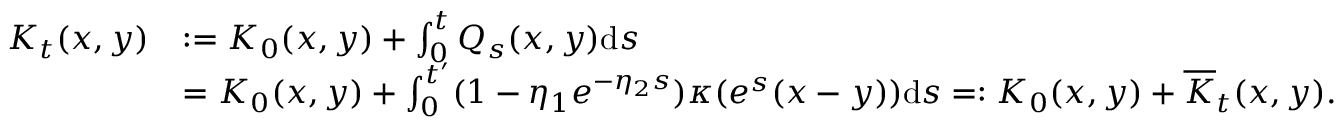
\begin{array} { r l } { K _ { t } ( x , y ) } & { : = K _ { 0 } ( x , y ) + \int _ { 0 } ^ { t } Q _ { s } ( x , y ) \mathrm { d } s } \\ & { = K _ { 0 } ( x , y ) + \int _ { 0 } ^ { t ^ { \prime } } ( 1 - \eta _ { 1 } e ^ { - \eta _ { 2 } s } ) \kappa ( e ^ { s } ( x - y ) ) \mathrm { d } s = : K _ { 0 } ( x , y ) + \overline { K } _ { t } ( x , y ) . } \end{array}